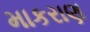
માકરાણ